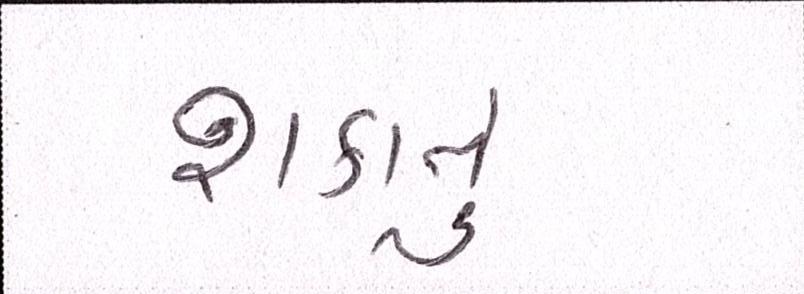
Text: શકાતું